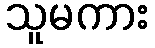
သူမကား